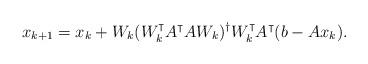
LaTeX: \begin{align*}x_{k+1} = x_k + W_k ( W_k^\intercal A^\intercal A W_k)^\dagger W_k^\intercal A^\intercal ( b - A x_k).\end{align*}